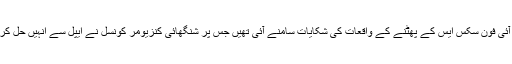
6 دسمبر کو چین میں آئی فون سکس ایس کے پھٹنے کے واقعات کی شکایات سامنے آئی تھیں جس پر شنگھائی کنزیومر کونسل نے ایپل سے انہیں حل کرنے کا مطالبہ کیا تھا۔